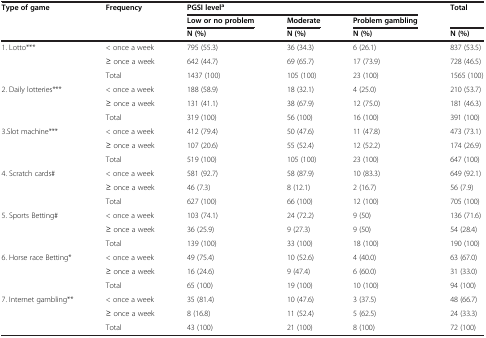
<table><thead><tr><td><b>Type of game</b></td><td><b>Frequency</b></td><td colspan="3"><b>PGSI level<sup>a</sup></b></td><td><b>Total</b></td></tr><tr><td><b> </b></td><td><b> </b></td><td><b>Low or no problem</b></td><td><b>Moderate</b></td><td><b>Problem gambling</b></td><td><b> </b></td></tr><tr><td><b> </b></td><td><b> </b></td><td><b>N (%)</b></td><td><b>N (%)</b></td><td><b>N (%)</b></td><td><b>N (%)</b></td></tr></thead><tbody><tr><td rowspan="3">1. Lotto***</td><td>&lt; once a week</td><td>795 (55.3)</td><td>36 (34.3)</td><td>6 (26.1)</td><td>837 (53.5)</td></tr><tr><td>≥ once a week</td><td>642 (44.7)</td><td>69 (65.7)</td><td>17 (73.9)</td><td>728 (46.5)</td></tr><tr><td>Total</td><td>1437 (100)</td><td>105 (100)</td><td>23 (100)</td><td>1565 (100)</td></tr><tr><td rowspan="3">2. Daily lotteries***</td><td>&lt; once a week</td><td>188 (58.9)</td><td>18 (32.1)</td><td>4 (25.0)</td><td>210 (53.7)</td></tr><tr><td>≥ once a week</td><td>131 (41.1)</td><td>38 (67.9)</td><td>12 (75.0)</td><td>181 (46.3)</td></tr><tr><td>Total</td><td>319 (100)</td><td>56 (100)</td><td>16 (100)</td><td>391 (100)</td></tr><tr><td rowspan="3">3.Slot machine***</td><td>&lt; once a week</td><td>412 (79.4)</td><td>50 (47.6)</td><td>11 (47.8)</td><td>473 (73.1)</td></tr><tr><td>≥ once a week</td><td>107 (20.6)</td><td>55 (52.4)</td><td>12 (52.2)</td><td>174 (26.9)</td></tr><tr><td>Total</td><td>519 (100)</td><td>105 (100)</td><td>23 (100)</td><td>647 (100)</td></tr><tr><td rowspan="3">4. Scratch cards#</td><td>&lt; once a week</td><td>581 (92.7)</td><td>58 (87.9)</td><td>10 (83.3)</td><td>649 (92.1)</td></tr><tr><td>≥ once a week</td><td>46 (7.3)</td><td>8 (12.1)</td><td>2 (16.7)</td><td>56 (7.9)</td></tr><tr><td>Total</td><td>627 (100)</td><td>66 (100)</td><td>12 (100)</td><td>705 (100)</td></tr><tr><td rowspan="3">5. Sports Betting#</td><td>&lt; once a week</td><td>103 (74.1)</td><td>24 (72.2)</td><td>9 (50)</td><td>136 (71.6)</td></tr><tr><td>≥ once a week</td><td>36 (25.9)</td><td>9 (27.3)</td><td>9 (50)</td><td>54 (28.4)</td></tr><tr><td>Total</td><td>139 (100)</td><td>33 (100)</td><td>18 (100)</td><td>190 (100)</td></tr><tr><td>6. Horse race Betting*</td><td>&lt; once a week</td><td>49 (75.4)</td><td>10 (52.6)</td><td>4 (40.0)</td><td>63 (67.0)</td></tr><tr><td> </td><td>≥ once a week</td><td>16 (24.6)</td><td>9 (47.4)</td><td>6 (60.0)</td><td>31 (33.0)</td></tr><tr><td> </td><td>Total</td><td>65 (100)</td><td>19 (100)</td><td>10 (100)</td><td>94 (100)</td></tr><tr><td>7. Internet gambling**</td><td>&lt; once a week</td><td>35 (81.4)</td><td>10 (47.6)</td><td>3 (37.5)</td><td>48 (66.7)</td></tr><tr><td> </td><td>≥ once a week</td><td>8 (16.8)</td><td>11 (52.4)</td><td>5 (62.5)</td><td>24 (33.3)</td></tr><tr><td> </td><td>Total</td><td>43 (100)</td><td>21 (100)</td><td>8 (100)</td><td>72 (100)</td></tr></tbody></table>